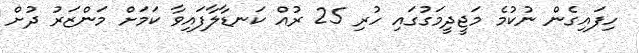
ހިފައިގެން ނުކުމެ މަޖީދީމަގުގައި ހުރި 25 ރުއް ކަނޑާލާފައިވާ ކަމަށް މަންޒަރު ދުށް